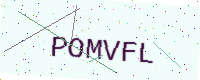
Text: POMVFL